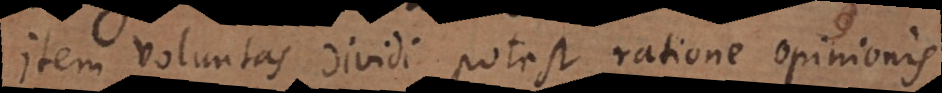
Item Voluntas dividi potest ratione opinionis